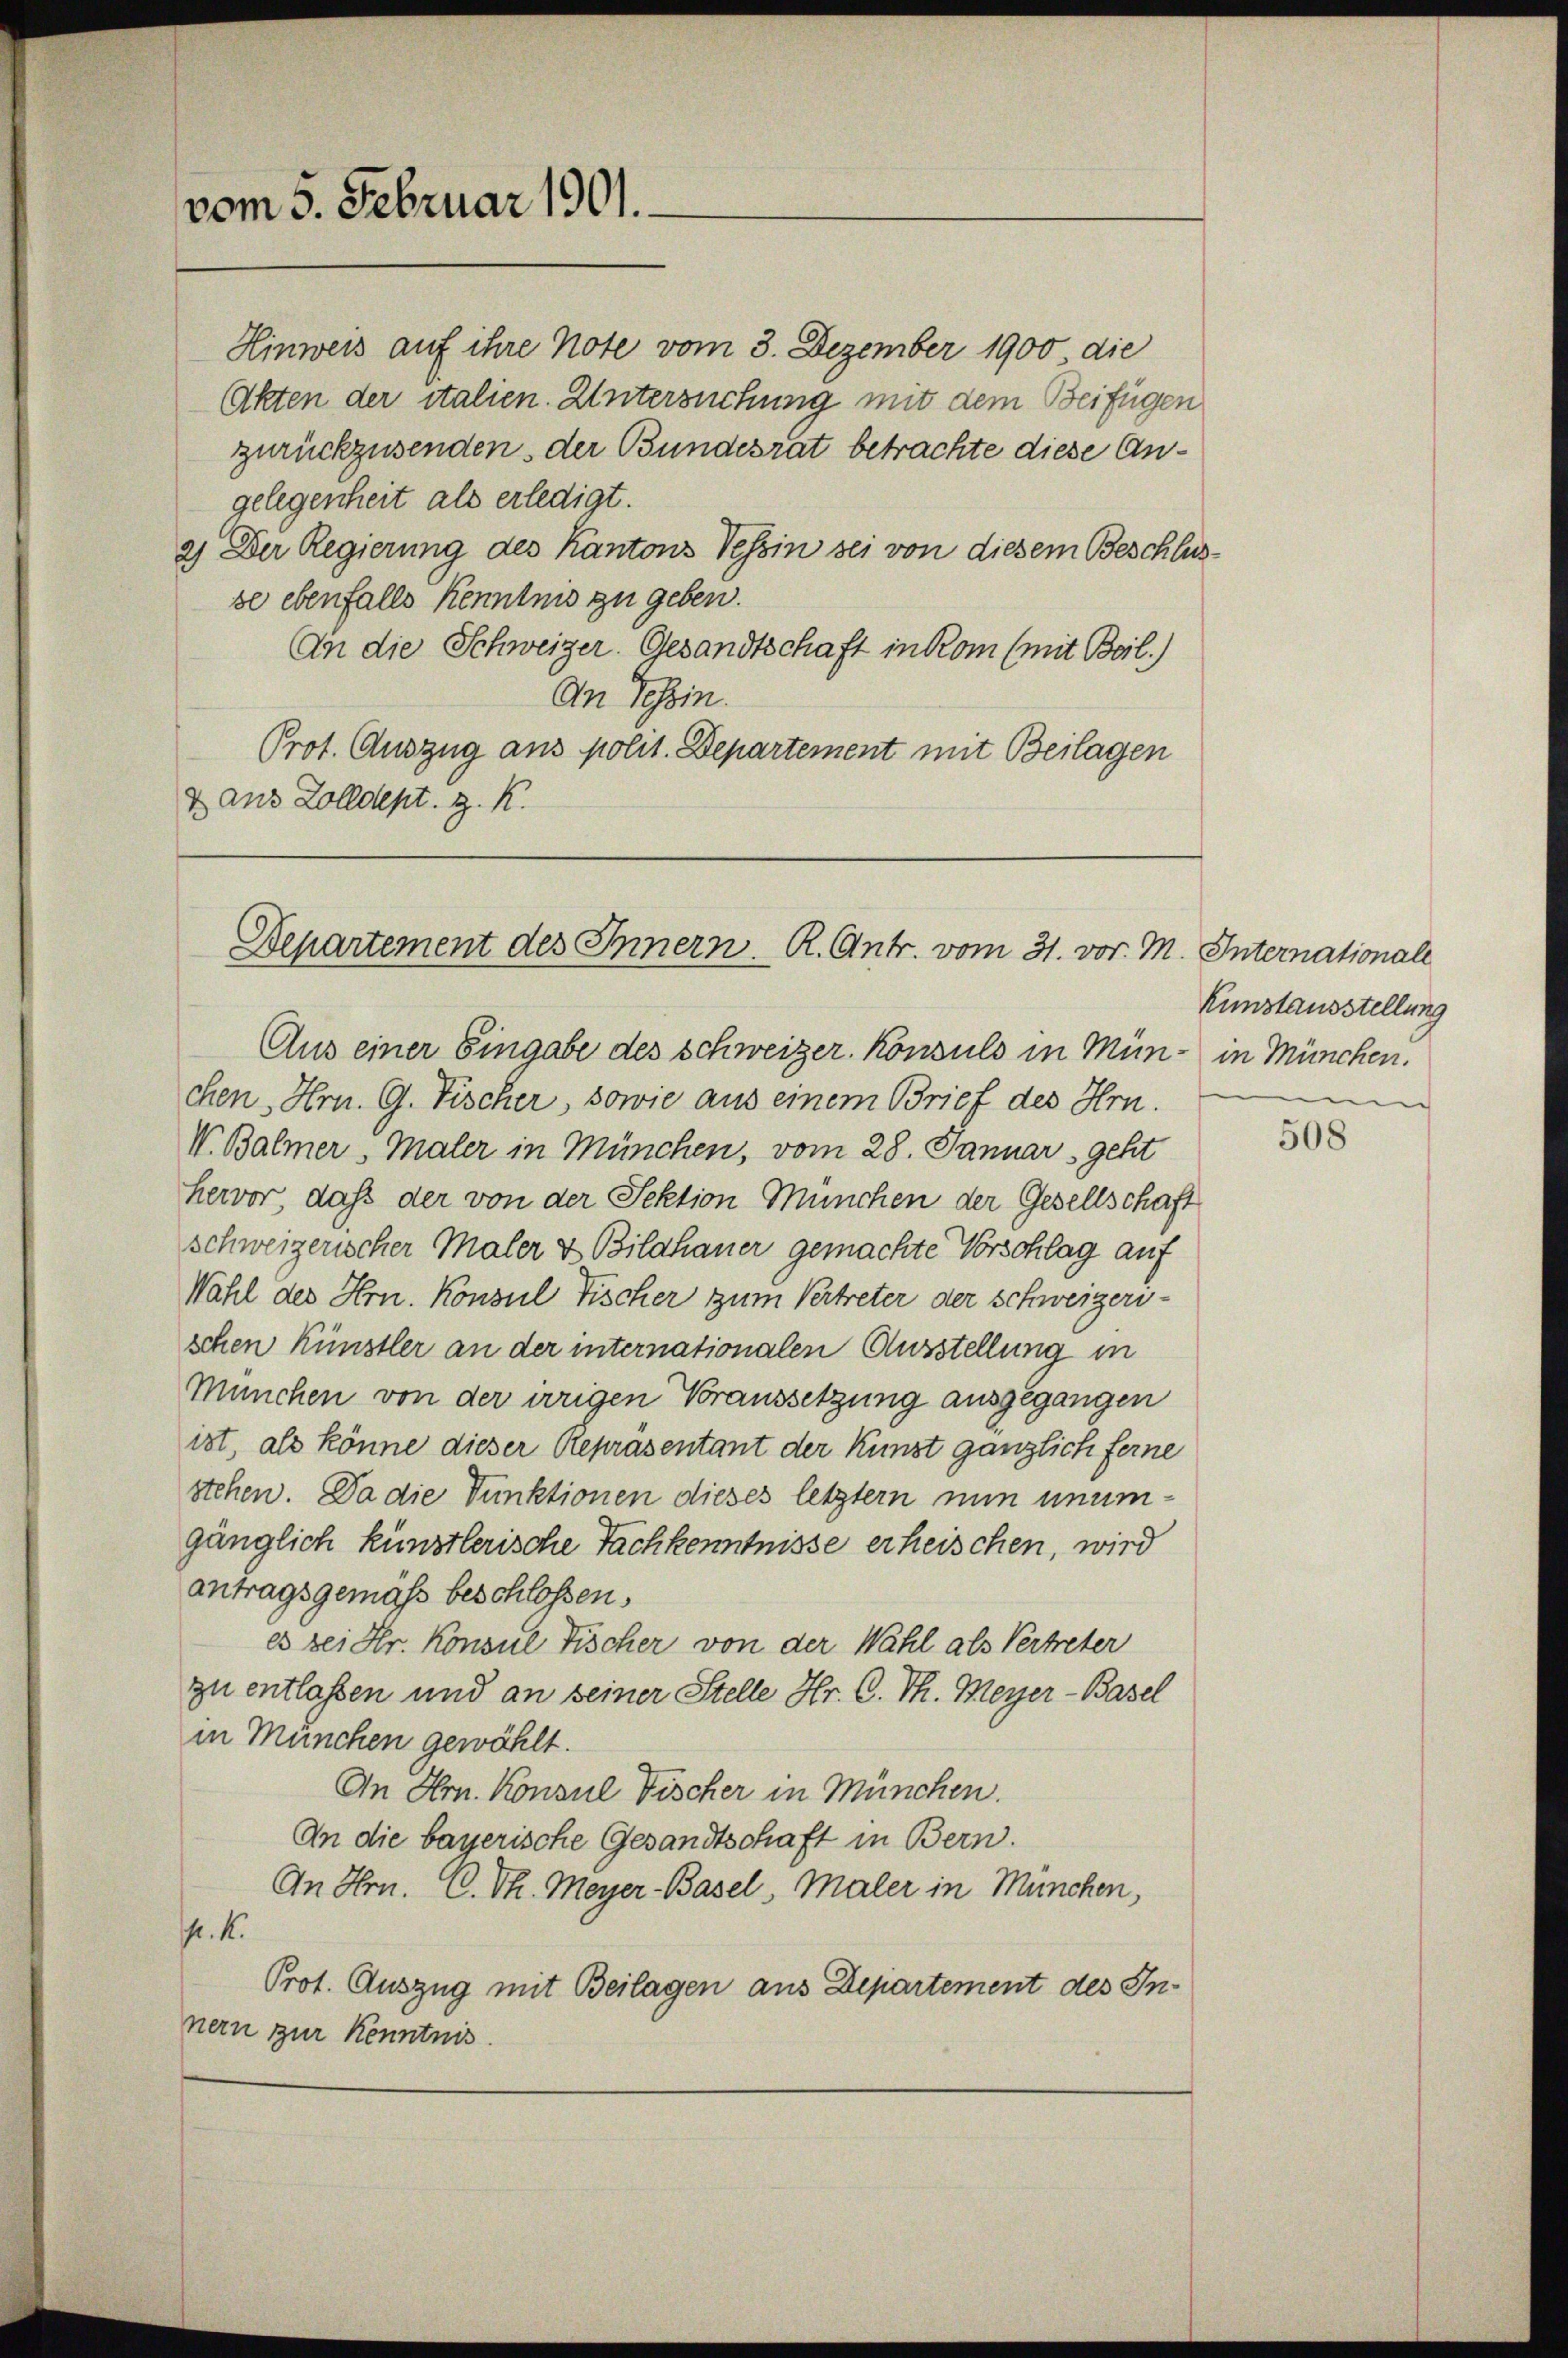
vom 5. Februar 1901.

Hinweis auf ihre Note vom 3. Dezember 1900 die
Akten der italien. Untersuchung mit dem Beifügen
zurückzusenden, der Bundesrat betrachte diese Angelegenheit als erledigt.
2) Der Regierung des Kantons Tessin sei von diesem Beschlusse ebenfalls kenntnis zu geben.
An die Schweizer. Gesandtschaft in kom (mit Beil.)
An Tessin.
Prot. Auszug aus polit. Departement mit Beilagen
& aus Zolldept. z. K.

Departement des Innern. R. Antr. vom 31. vor. M. Internationale

Aus einer Eingabe des Schweizer. Konsuls in Mün- in München.
chen, Hrn. G. Fischer, sowie aus einem Brief des Hrn.
V. Balmer, Maler in München, vom 28. Januar geht
hervor, daß der von der Sektion München der Gesellschaft
schweizerischer Maler & Bildhauer gemachte Vorschlag auf
Wahl des Hrn. Konsul Fischer zum Vertreter der Schweizeri-
schen Künstler an der internationalen Ausstellung in
München von der irrigen Voraussetzung ausgegangen
ist, als könne dieser Repräsentant der Kunst gänzlich ferne
stehen. Da die Punktionen dieses letztern nun unumgänglich künstlerische Fachkenntnisse erheischen, wird
antragsgemäß beschlossen,
es bei Hr. Konsul Fischer von der Wahl als Vertreter
zu entlassen und an seiner Stelle Hr. C. Th. Meyer-Basel
in München gewählt.
An Hrn. Konsul Fischer in München.
An die bayerische Gesandtschaft in Bern.
An Hrn. C. Th. Meyer-Basel, Maler in München,
.K.
Prot. Auszug mit Beilagen aus Departement des Innern zur Kenntnis.

Einstausstellung
s

508